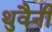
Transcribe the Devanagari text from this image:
थुवैनी